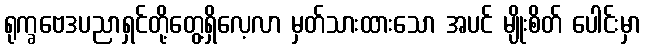
ရုက္ခဗေဒပညာရှင်တို့တွေ့ရှိလေ့လာ မှတ်သားထားသော အပင် မျိုးစိတ် ပေါင်းမှာ